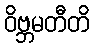
ဝိဗ္ဘမတီတိ